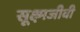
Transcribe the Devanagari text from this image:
सूक्ष्‍मजीवी